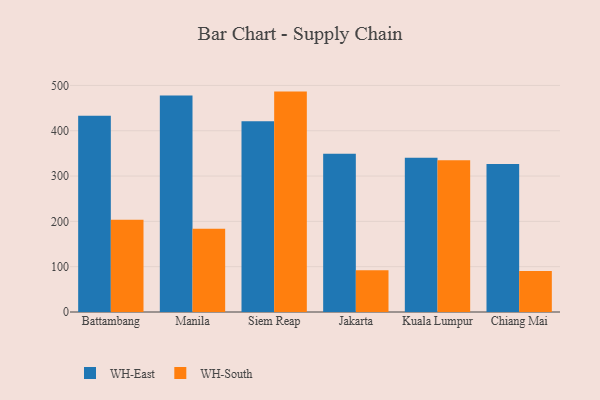
{"axis": {"x": "City", "y": "Customer Acquisition Cost (USD)"}, "legend": ["WH-East", "WH-South"], "data": [{"x": "Battambang", "y": 433.0, "type": "WH-East"}, {"x": "Battambang", "y": 203.4, "type": "WH-South"}, {"x": "Manila", "y": 477.7, "type": "WH-East"}, {"x": "Manila", "y": 183.9, "type": "WH-South"}, {"x": "Siem Reap", "y": 421.2, "type": "WH-East"}, {"x": "Siem Reap", "y": 486.4, "type": "WH-South"}, {"x": "Jakarta", "y": 349.4, "type": "WH-East"}, {"x": "Jakarta", "y": 92.3, "type": "WH-South"}, {"x": "Kuala Lumpur", "y": 340.2, "type": "WH-East"}, {"x": "Kuala Lumpur", "y": 334.8, "type": "WH-South"}, {"x": "Chiang Mai", "y": 326.8, "type": "WH-East"}, {"x": "Chiang Mai", "y": 90.5, "type": "WH-South"}]}